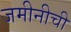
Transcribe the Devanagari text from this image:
जमीनीची